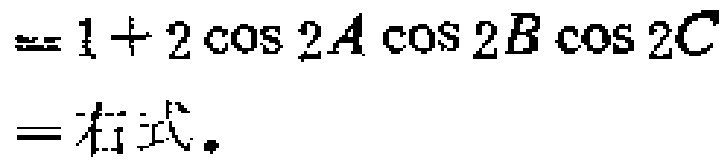
$= 1 + 2\cos 2A\cos 2B\cos 2C\\
= 右式.$